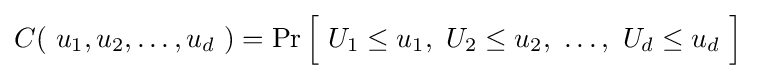
C\!\left(\ u_{1},u_{2},\dots ,u_{d}\ \right)=\Pr {\Bigl [}\ U_{1}\leq u_{1},\ U_{2}\leq u_{2},\ \dots ,\ U_{d}\leq u_{d}\ {\Bigr ]}~